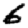
Digit: 6